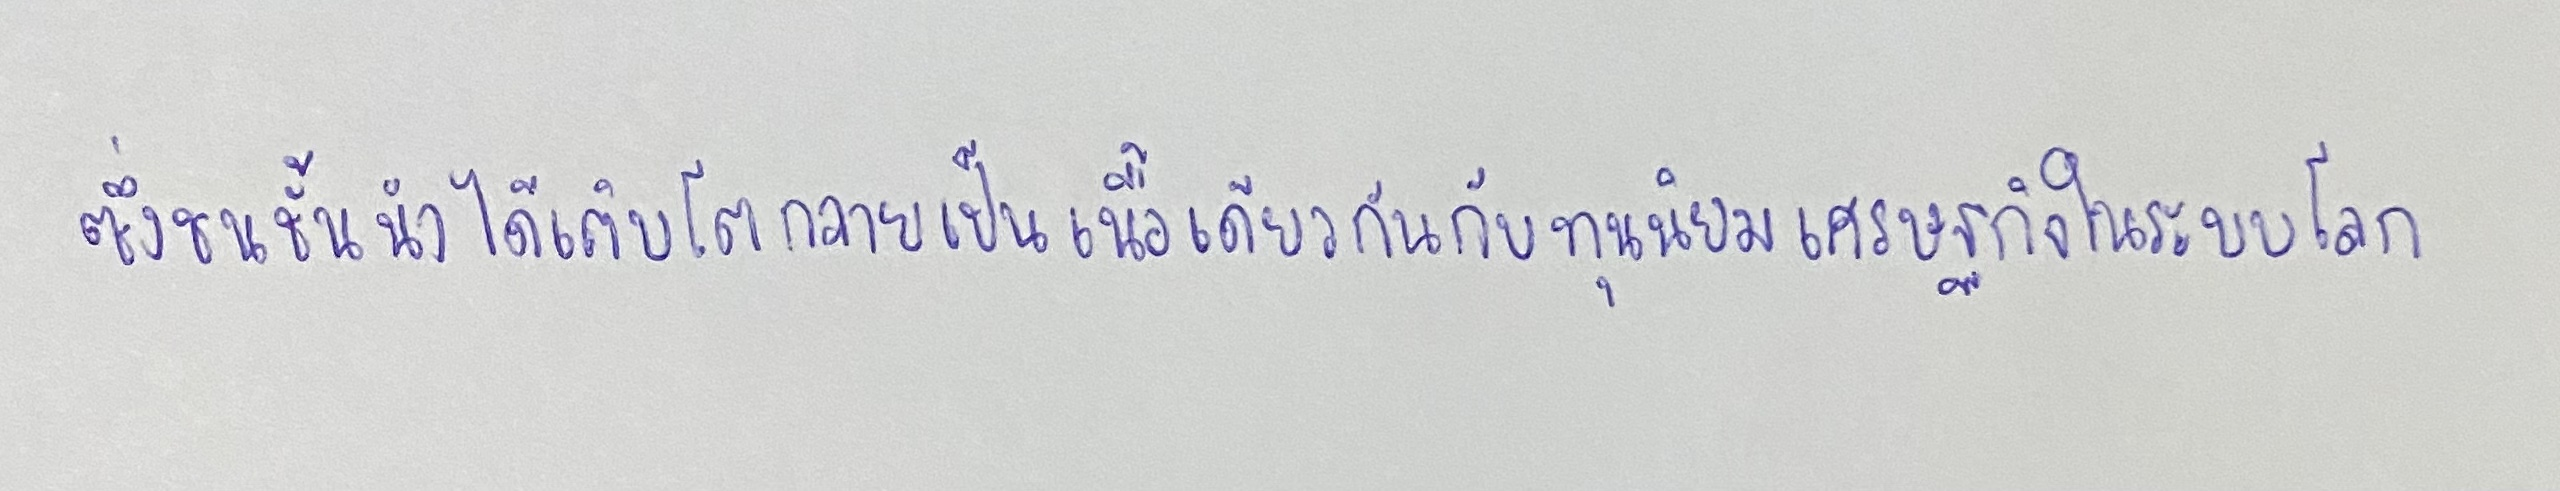
ซึ่งชนชั้นนำได้เติบโตกลายเป็นเนื้อเดียวกันกับทุนนิยมเศรษฐกิจในระบบโลก